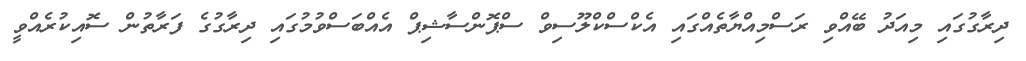
ދިރާގުގައި މިއަދު ބޭއްވި ރަސްމިއްޔާތެއްގައި އެކްސްކްލޫސިވް ސްޕޮންސާޝިޕް އެއްބަސްވުމުގައި ދިރާގުގެ ފަރާތުން ސޮއިކުރެއްވީ